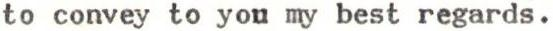
to convey to you my best regards.